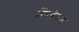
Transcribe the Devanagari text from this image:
मेंम्ब्रेनस